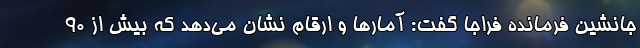
جانشین فرمانده فراجا گفت: آمارها و ارقام نشان می‌دهد که بیش از ۹۰